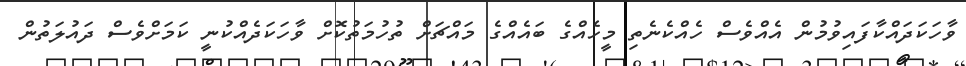
ވާހަކަދައްކާފައިވުމުން އެއްވެސް ހެއްކެނެތި މީހެއްގެ ބައެއްގެ މައްޗަށް ތުހުމަތުކޮށް ވާހަކަދެއްކުނީ ކަމަށްވެސް ދައުލަތުން